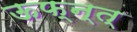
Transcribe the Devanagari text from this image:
ऊफ्न्त्